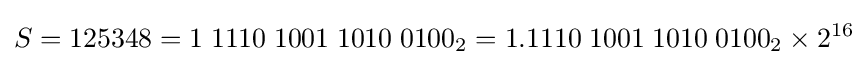
S=125348=1\;1110\;1001\;1010\;0100_{2}=1.1110\;1001\;1010\;0100_{2}\times 2^{16}